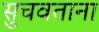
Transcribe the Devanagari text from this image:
सुचवताना